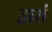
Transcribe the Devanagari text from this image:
द्वारां